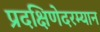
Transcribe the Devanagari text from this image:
प्रदक्षिणेदरम्यान